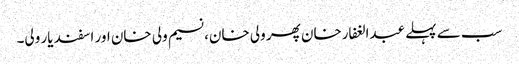
سب سے پہلے عبدالغفارخان پھر ولی خان، نسیم ولی خان اور اسفند یار ولی۔